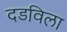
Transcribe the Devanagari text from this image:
दडविला